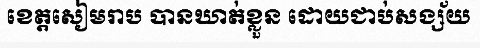
ខេត្តសៀមរាប បានឃាត់ខ្លួន ដោយជាប់សង្ស័យ